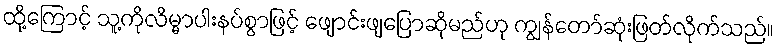
ထို့ကြောင့် သူ့ကိုလိမ္မာပါးနပ်စွာဖြင့် ဖျောင်းဖျပြောဆိုမည်ဟု ကျွန်တော်ဆုံးဖြတ်လိုက်သည်။